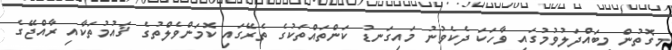
މިގޮތުން މިބައްދަލުވުމުގައި ވާހަކަ ދެކެވުނު މައިގަނޑު ކަންތައްތަކުގެ ތެރޭގައި ކޮމަންވެލްތުގެ ޤައުމުތަކާއި ރާއްޖޭގެ